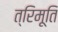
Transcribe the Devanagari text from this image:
त्रिमूति